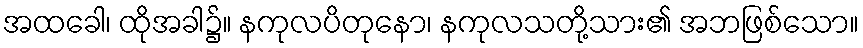
အထခေါ၊ ထိုအခါ၌။ နကုလပိတုနော၊ နကုလသတို့သား၏ အဘဖြစ်သော။